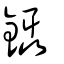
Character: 鑷